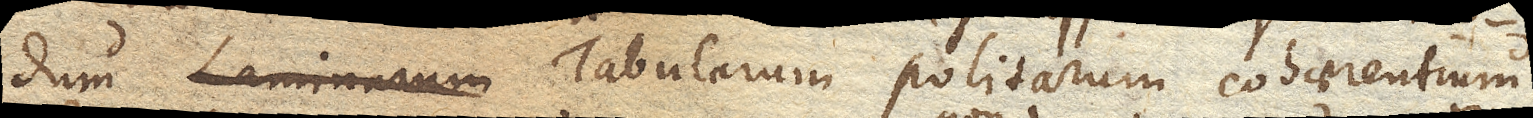
dum laminarum Tabularum politarum cohaerentium